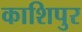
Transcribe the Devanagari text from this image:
काशिपुर